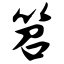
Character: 笤